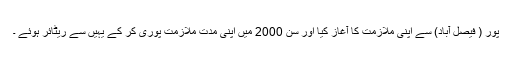
پور ( فیصل آباد) سے اپنی ملازمت کا آغاز کیا اور سن 2000 میں اپنی مدت ملازمت پوری کر کے یہیں سے ریٹائر ہوئے ۔